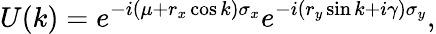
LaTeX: U(k)=e^{-i(\mu+r_{x}\cos k)\sigma_{x}}e^{-i(r_{y}\sin k+i\gamma)\sigma_{y}},